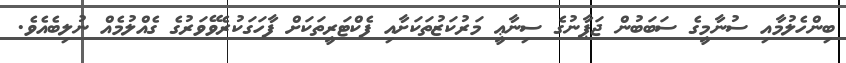
ބިންހެލުމާއި ސުނާމީގެ ސަބަބުން ޖަޕާނުގެ ސިނާޢީ މަރުކަޒުތަކަށާއި ފެކްޓަރީތަކަށް ފާހަގަކުރެވޭވަރުގެ ގެއްލުމެއް ނުލިބެއެވެ.